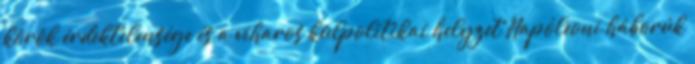
körök érdektelensége és a viharos külpolitikai helyzet Napóleoni háborúk